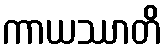
ကာယဿာတိ